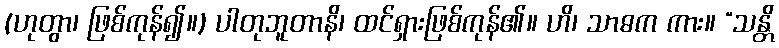
(ဟုတွာ၊ ဖြစ်ကုန်၍။) ပါတုဘူတာနိ၊ ထင်ရှားဖြစ်ကုန်၏။ ဟိ၊ သာဓက ကား။ “သန္တိ